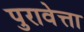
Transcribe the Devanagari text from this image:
पुरावेत्ता